Leaving Certificate Examination (including Day School Certificate (Higher) General paper), 1934
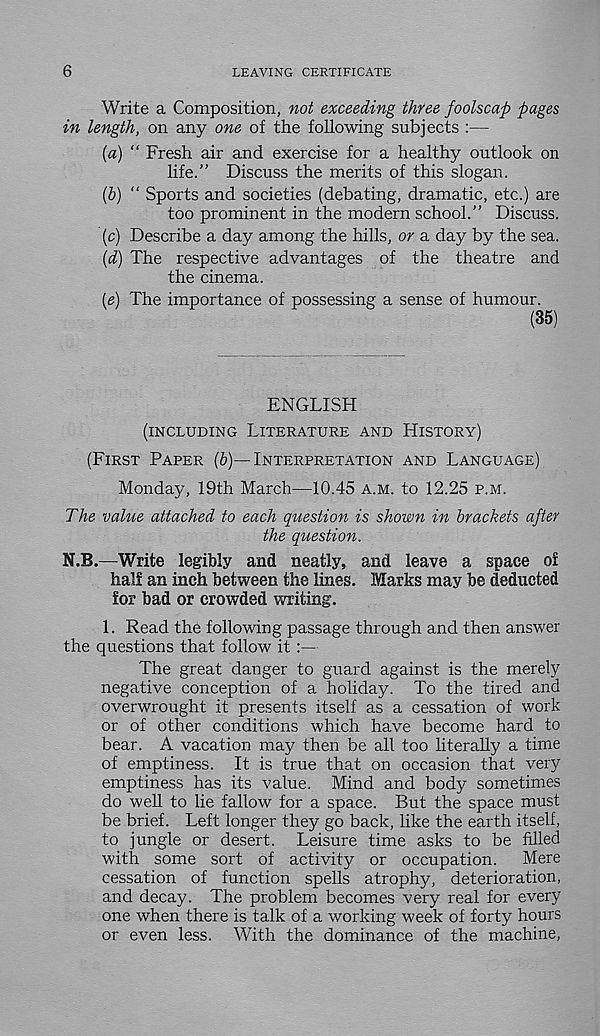
6
LEAVING CERTIFICATE
Write a Composition, not exceeding three foolscap pages
in length, on any one of the following subjects :—
[a) “ Fresh air and exercise for a healthy outlook on
life.” Discuss the merits of this slogan.
(5) “ Sports and societies (debating, dramatic, etc.) are
too prominent in the modern school.” Discuss.
(c) Describe a day among the hills, or a day by the sea.
(d) The respective advantages of the theatre and
the cinema.
(e) The importance of possessing a sense of humour.
(35)
ENGLISH
(INCLUDING LITERATURE AND HISTORY)
(FIRST PAPER (&)—INTERPRETATION AND LANGUAGE)
Monday, 19th March—10.45 A.M. to 12.25 P.M.
The value attached to each question is shown in brackets after
the question.
N.B.—Write legibly and neatly, and leave a space of
half an inch between the lines. Marks may be deducted
for bad or crowded writing.
1. Read the following passage through and then answer
the questions that follow it :—
The great danger to guard against is the merely
negative conception of a holiday. To the tired and
overwrought it presents itself as a cessation of work
or of other conditions which have become hard to
bear. A vacation may then be all too literally a time
of emptiness. It is true that on occasion that very
emptiness has its value. Mind and body sometimes
do well to lie fallow for a space. But the space must
be brief. Left longer they go back, like the earth itself,
to jungle or desert. Leisure time asks to be filled
with some sort of activity or occupation. Mere
cessation of function spells atrophy, deterioration,
and decay. The problem becomes very real for every
one when there is talk of a working week of forty hours
or even less. With the dominance of the machine,